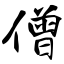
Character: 僧